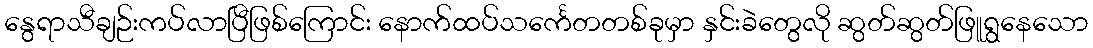
နွေရာသီချဉ်းကပ်လာပြီဖြစ်ကြောင်း နောက်ထပ်သင်္ကေတတစ်ခုမှာ နှင်းခဲတွေလို ဆွတ်ဆွတ်ဖြူရွနေသော